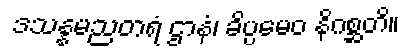
ဒသန္နမညတရံ ဌာနံ၊ ခိပ္ပမေဝ နိဂစ္ဆတိ။